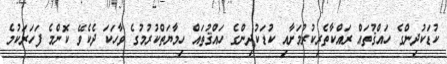
ކުޑަކުދިންގެ ހައްޤުތައް ރައްކާތެރިކުރުމަށާއި ކުޑަކުދިންގެ ހައްޤުތައް ހިމާޔަތްކުރުމުގެ ވާހަކަ ދެކެވޭ ކޮންމެ ފަހަރަކުމެ